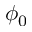
\phi _ { 0 }